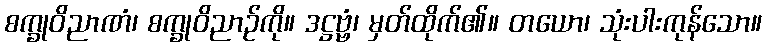
စက္ခုဝိညာဏံ၊ စက္ခုဝိညာဉ်ကို။ ဒဋ္ဌဗ္ဗံ၊ မှတ်ထိုက်၏။ တယော၊ သုံးပါးကုန်သော။